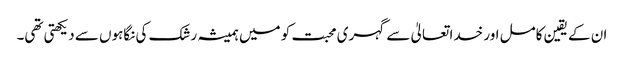
ان کے یقین کامل اور خدا تعالیٰ سے گہری محبت کو میں ہمیشہ رشک کی نگاہوں سے دیکھتی تھی۔